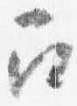
召